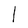
Character: l